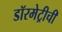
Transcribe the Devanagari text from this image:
डॉरमेट्रीची